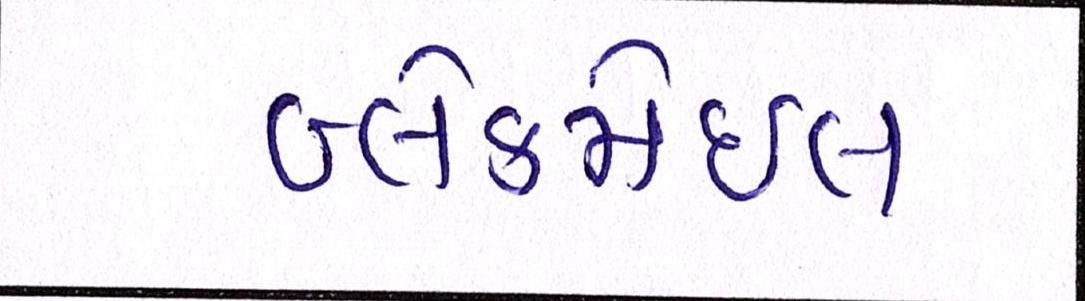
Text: બ્લેકમેઈલ